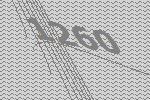
1260